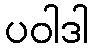
ပဝါဒါ